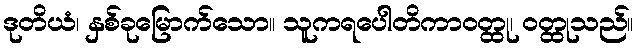
ဒုတိယံ၊ နှစ်ခုမြောက်သော။ သူကရပေါတိကာဝတ္ထု၊ ဝတ္ထုသည်။